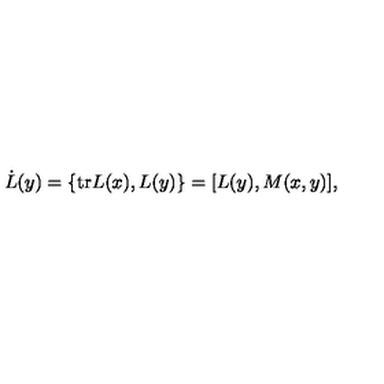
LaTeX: \dot { L } ( y ) = \{ \mathrm { t r } L ( x ) , L ( y ) \} = [ L ( y ) , M ( x , y ) ] ,